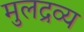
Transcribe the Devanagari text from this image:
मुलद्रव्य